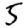
Digit: 5